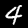
Digit: 4